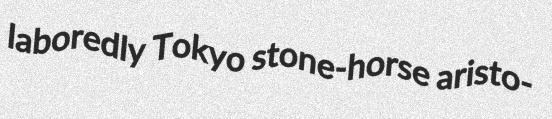
laboredly Tokyo stone-horse aristo-